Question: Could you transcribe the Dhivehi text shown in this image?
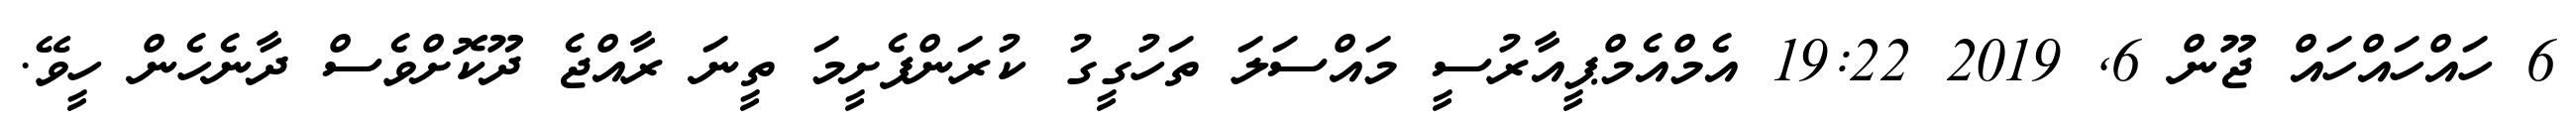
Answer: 6 ހައްހައްހައް ޖޫން 6, 2019 19:22 އެމްއެމްޕީއާރުސީ މައްސަލަ ތަހުގީގު ކުރަންފެށީމަ ތީނަ ރާއްޖެ ދޫކޮށްވެސް ދާނެހެން ހީވޭ.